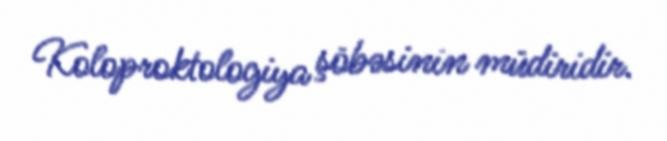
Koloproktologiya şöbəsinin müdiridir.